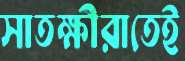
সাতক্ষীরাতেই